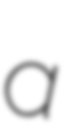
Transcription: a